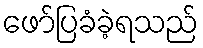
ဖော်ပြခံခဲ့ရသည်